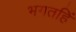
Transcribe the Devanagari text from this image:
भगतहिं